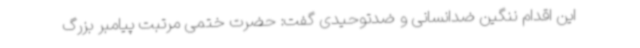
این اقدام ننگین ضدانسانی و ضدتوحیدی گفت: حضرت ختمی مرتبت پیامبر بزرگ